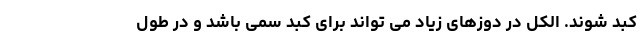
کبد شوند. الکل در دوزهای زیاد می تواند برای کبد سمی باشد و در طول